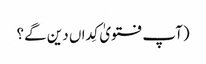
(آپ فتویٰ کِداں دین گے؟